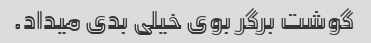
گوشت برگر بوی خیلی بدی میداد.